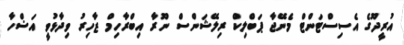
އުރީދޫގެ އެސިސްޓަންޓް މެނޭޖާ ޕަބްލިކް ރިލޭޝަންސް ނޫރާ އިބްރާހިމް ޒާހިރު ވިދާޅުވީ އަޟްހާ